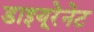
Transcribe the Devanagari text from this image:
डाइयूरेनेट